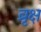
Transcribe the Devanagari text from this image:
व्रृक्ष